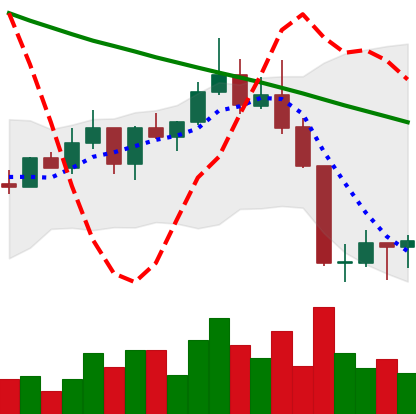
Ticker: ADA-USD
Chart end date: 2022-08-23
Forward return: -7.557%
Label: down_7plus